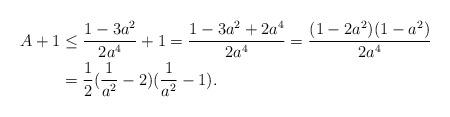
LaTeX: \begin{align*}A+1 &\leq \frac{1-3a^2}{2a^4} +1 = \frac{1-3a^2+2a^4}{2a^4}= \frac{(1-2a^2)(1-a^2)}{2a^4} \\&=\frac 1 2 ( \frac 1 {a^2}-2) ( \frac 1 {a^2}-1). \end{align*}